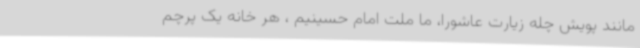
مانند پویش چله زیارت عاشورا، ما ملت امام حسینیم ، هر خانه یک پرچم